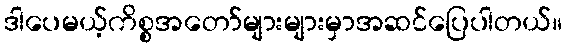
ဒါပေမယ့်ကိစ္စအတော်များများမှာအဆင်ပြေပါတယ်။